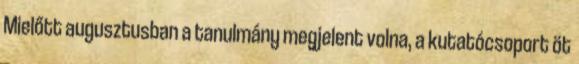
Mielőtt augusztusban a tanulmány megjelent volna, a kutatócsoport öt